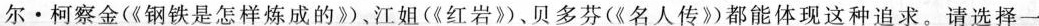
尔·柯察金(《钢铁是怎样炼成的》)、江姐(《红岩》、贝多芬(《名人传》都能体现这种追求。请选择一